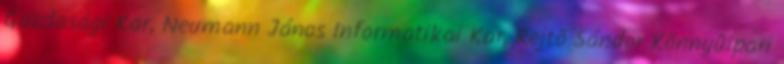
Gazdasági Kar, Neumann János Informatikai Kar, Rejtõ Sándor Könnyûipari